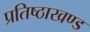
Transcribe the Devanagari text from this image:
प्रतिष्ठाखण्ड